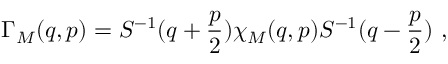
\Gamma _ { \cal M } ( q , p ) = S ^ { - 1 } ( q + \frac { p } { 2 } ) \chi _ { \cal M } ( q , p ) S ^ { - 1 } ( q - \frac { p } { 2 } ) ~ ,